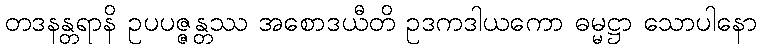
တဒနန္တရာနိ ဥပပဇ္ဇန္တဿ အစောဒယီတိ ဥဒကဒါယကော ဓမ္မဋ္ဌာ သောပါနော